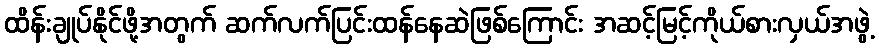
ထိန်းချုပ်နိုင်ဖို့အတွက် ဆက်လက်ပြင်းထန်နေဆဲဖြစ်ကြောင်း အဆင့်မြင့်ကိုယ်စားလှယ်အဖွဲ့